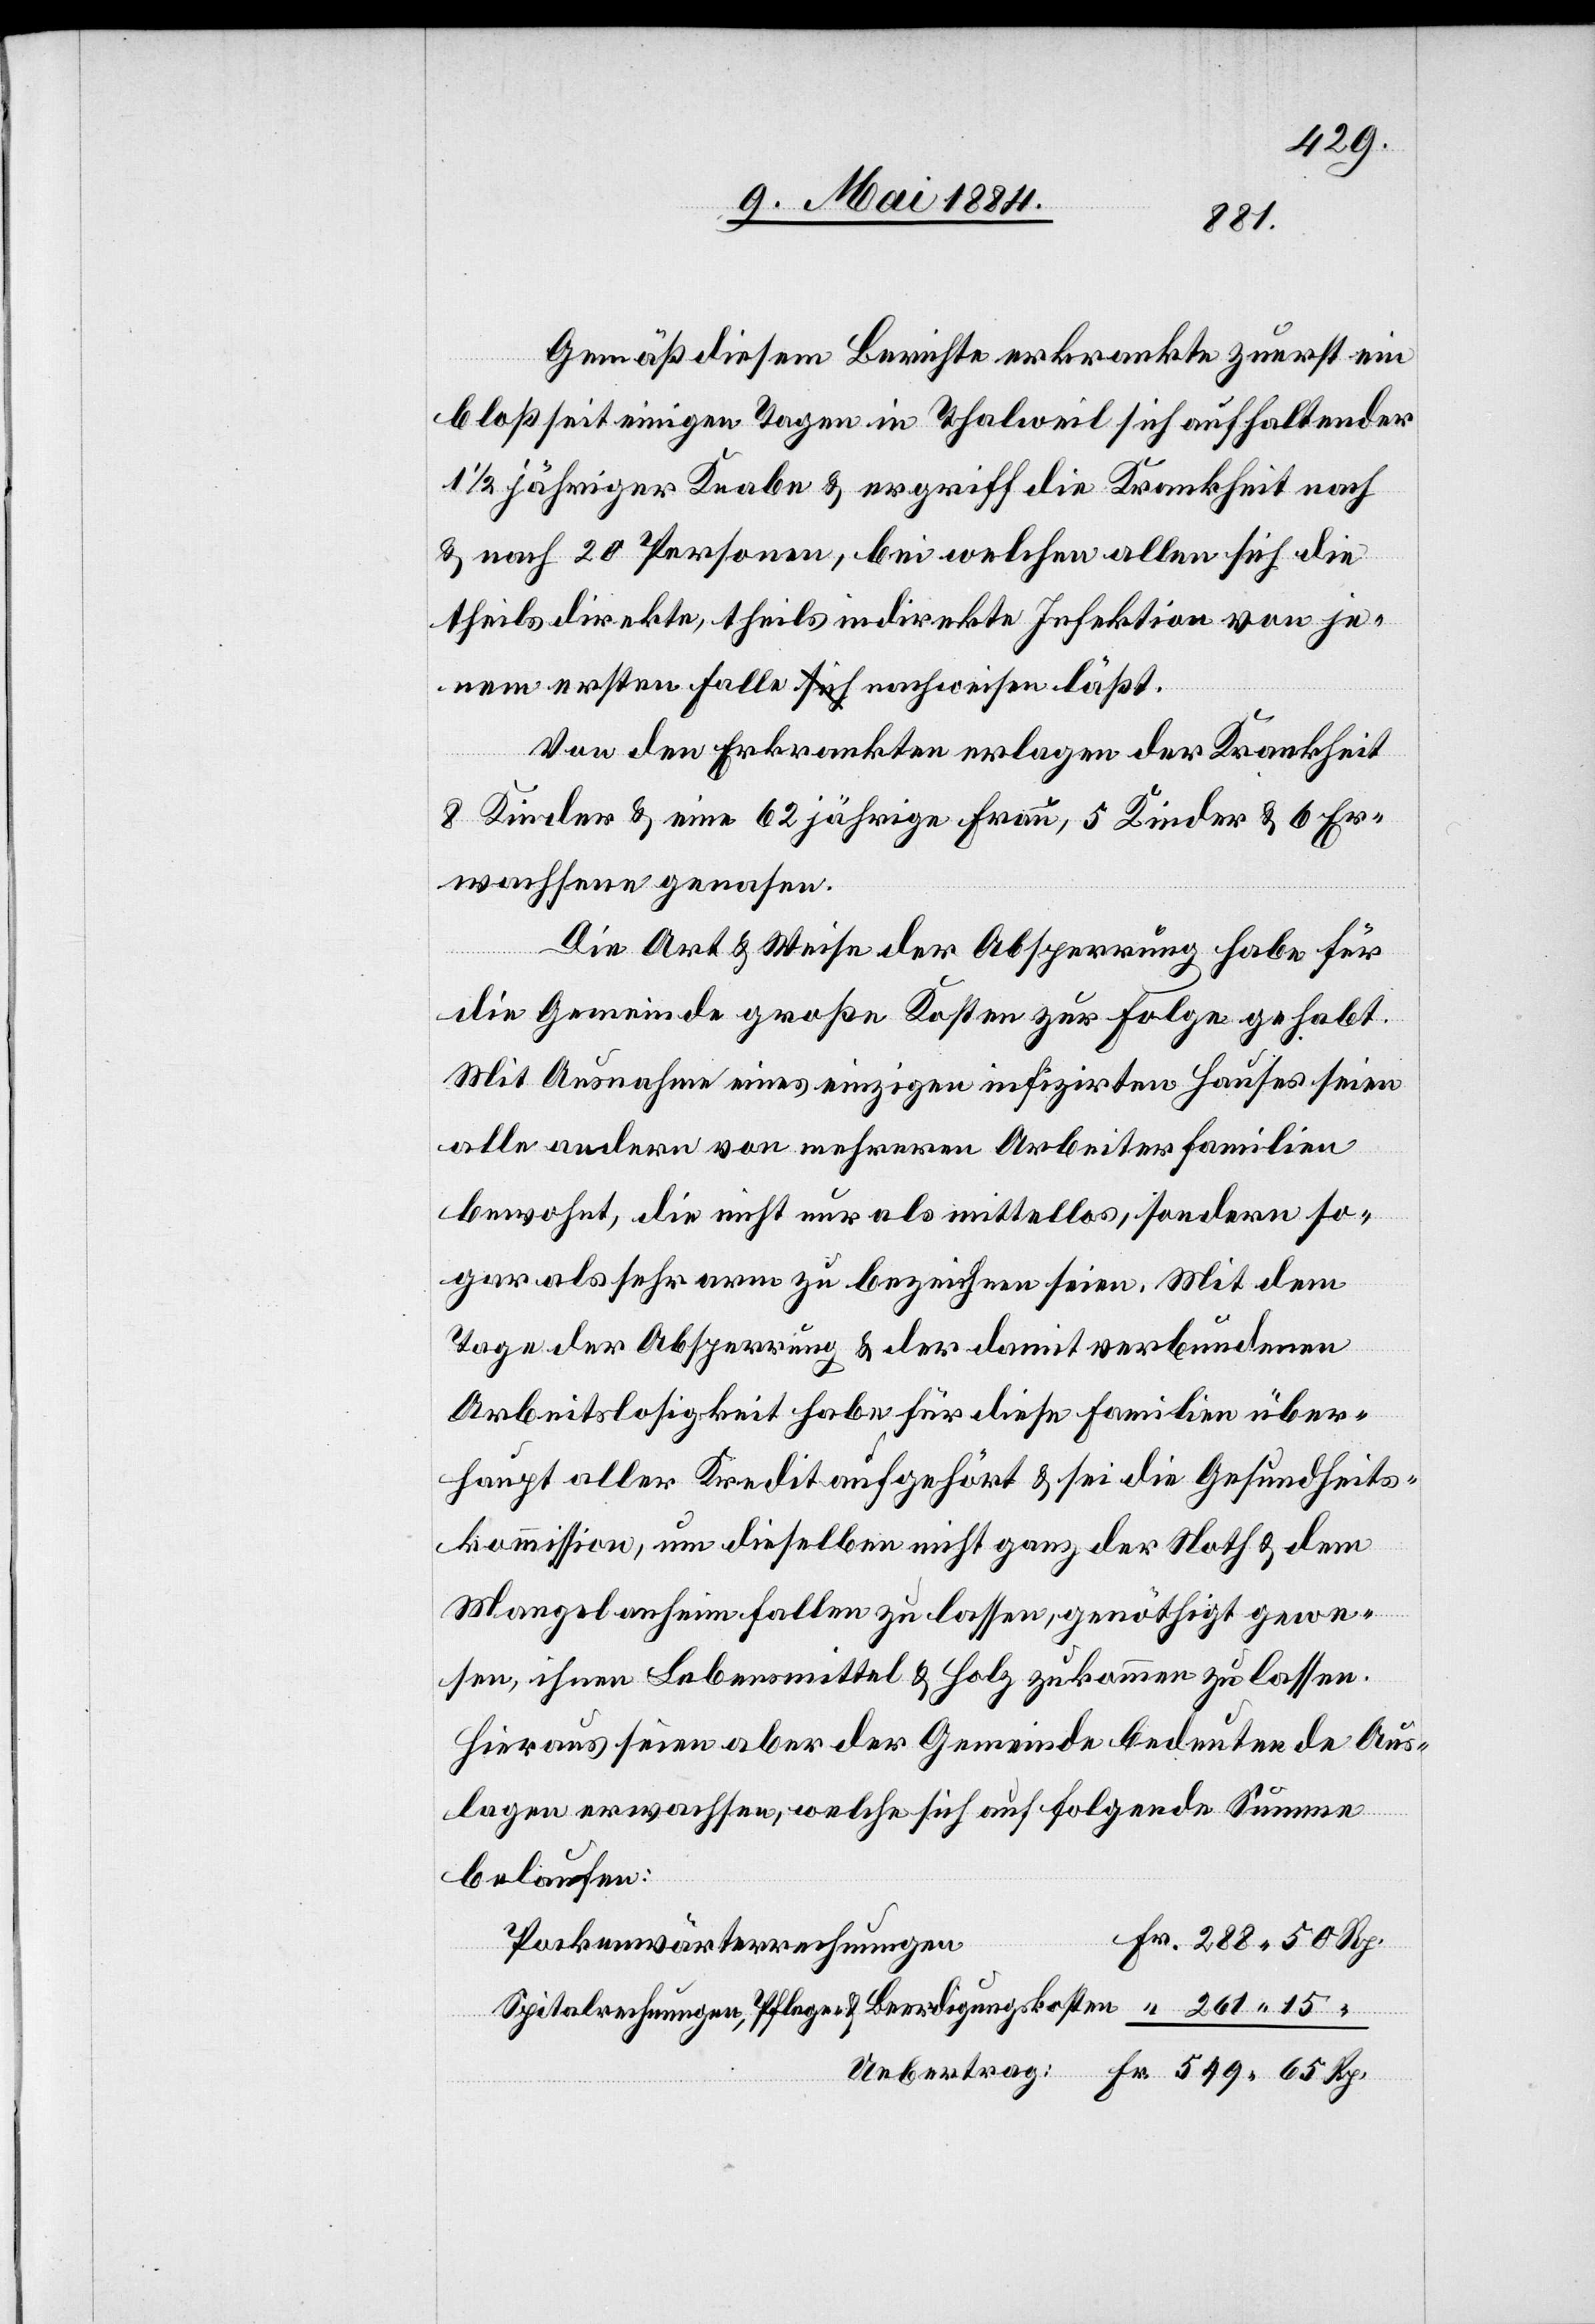
Gemäß diesem Berichte erkrankte zuerst ein
bloß seit einigen Tagen in Thalweil sich aufhaltender
1 1/2jähriger Knabe & ergriff die Krankheit nach
& nach 20 Personen, bei welchen allen sich die
theils direkte, theils indirekte Infektion von je¬
15
nem ersten Falle nachweisen läßt.
Von den Erkrankten erlagen der Krankheit
8 Kinder & eine 62jährige Frau, 5 Kinder & 6 Er¬
wachsene genasen.
Die Art & Weise der Absperrung habe für
die Gemeinde große Kosten zur Folge gehabt.
Mit Ausnahme eines einzigen infizirten Hauses seien
alle andern von mehreren Arbeiterfamilien
bewohnt, die nicht nur als mittellos, sondern so¬
gar als sehr arm zu bezeichnen seien. Mit dem
Tage der Absperrung & der damit verbundenen
Arbeitslosigkeit habe für diese Familien über¬
haupt aller Kredit aufgehört & sei die Gesundheits¬
kommission, um dieselben nicht ganz der Noth & dem
Mangel anheim fallen zu lassen, genöthigt gewe¬
sen, ihnen Lebensmittel & Holz zukommen zu lassen.
Hieraus seien aber der Gemeinde bedeutende Aus¬
lagen erwachsen, welche sich auf folgende Summe
belaufen:
Pockenwärterrechnungen
Spitalrechnungen, Pflege- & Beerdigungskosten